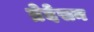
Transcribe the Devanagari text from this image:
ब्रेदेसन